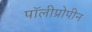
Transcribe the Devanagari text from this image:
पॉलीप्रोपीन